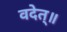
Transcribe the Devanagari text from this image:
वदेत्॥